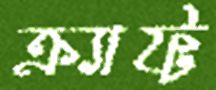
ক্র্যাফ্ট